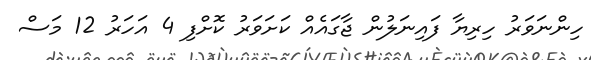
ހިންނަވަރު ހިރިޔާ ފައިނަލުން ޖާގައެއް ކަށަވަރު ކޮށްފި 4 އަހަރު 12 މަސް